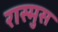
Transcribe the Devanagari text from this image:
रास्मुस